65_HS1-834228961_62-HQ-83894_Section_2
Agency: FBI
Page 144
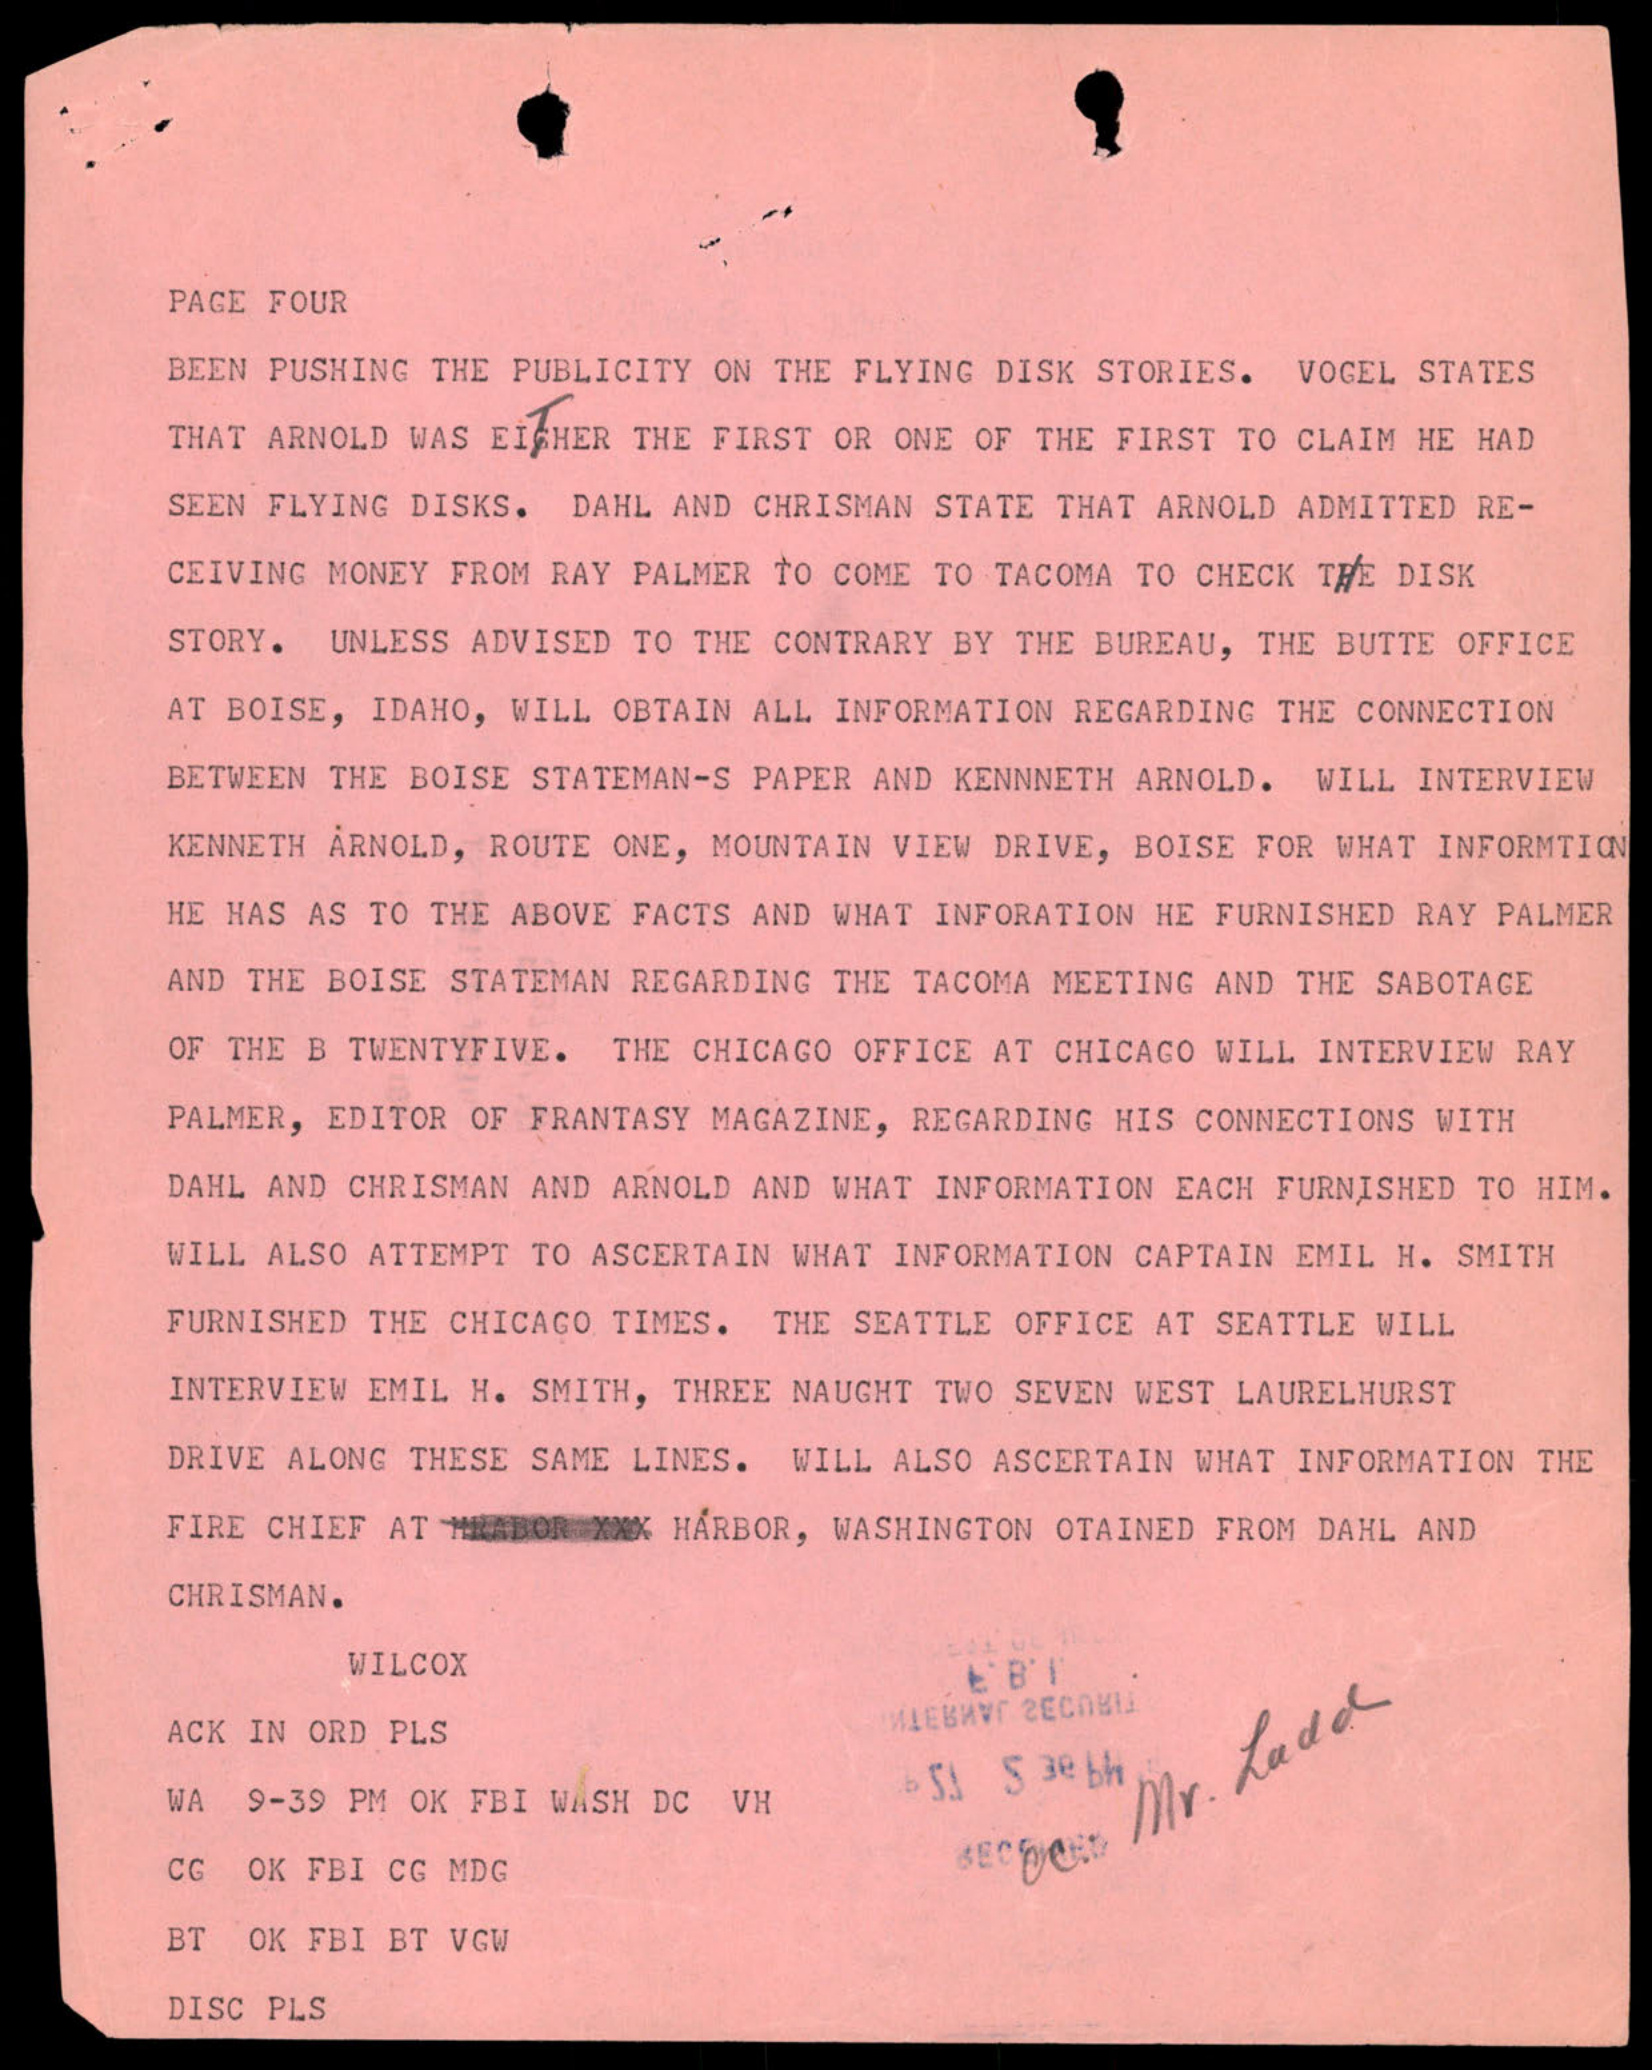